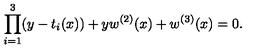
\prod _ { i = 1 } ^ { 3 } ( y - t _ { i } ( x ) ) + y w ^ { ( 2 ) } ( x ) + w ^ { ( 3 ) } ( x ) = 0 .